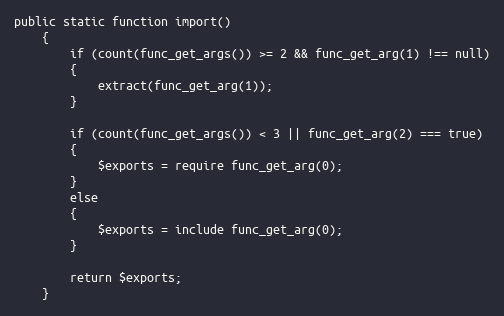
Language: PHP
public static function import()
    {
        if (count(func_get_args()) >= 2 && func_get_arg(1) !== null)
        {
            extract(func_get_arg(1));
        }

        if (count(func_get_args()) < 3 || func_get_arg(2) === true)
        {
            $exports = require func_get_arg(0);
        }
        else
        {
            $exports = include func_get_arg(0);
        }

        return $exports;
    }